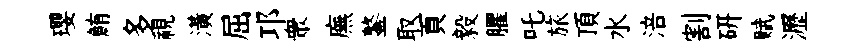
瓔鮪多視潢屈邛衆廡鏊取頁毅臞吒旅頂水涪割硏赋瀝